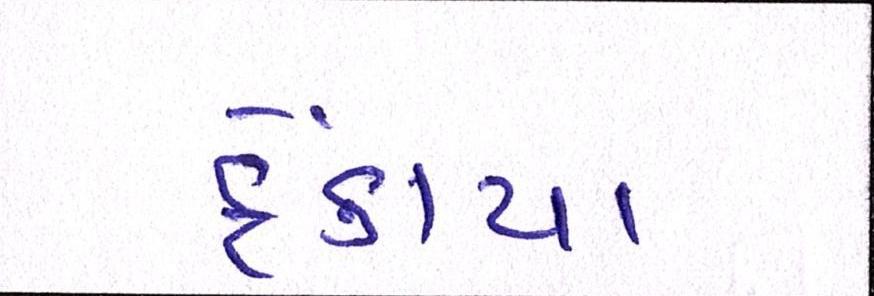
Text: ફેંકાયા